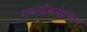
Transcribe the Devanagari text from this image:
एसटामिनोफिन